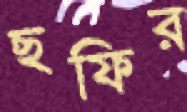
ছফির